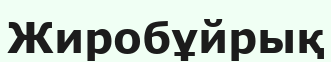
Жиробұйрық